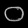
Digit: ၀